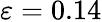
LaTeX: \varepsilon=0.14